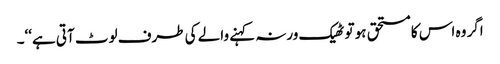
اگر وہ اس کا مستحق ہو تو ٹھیک ورنہ کہنے والے کی طرف لوٹ آتی ہے‘‘۔